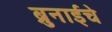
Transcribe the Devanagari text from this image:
ब्रुनाईचे